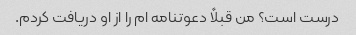
درست است؟ من قبلاً دعوتنامه ام را از او دریافت کردم.